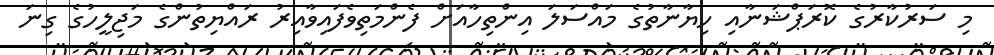
މި ސަރުކާރުގެ ކޮރަޕްޝަނާއި ހިޔާނާތުގެ މައްސަލަ އިންތިހާއަށް ފެންމަތިވެފައިވާއިރު ރައްޔިތުންގެ މަޖިލީހުގެ ގިނަ